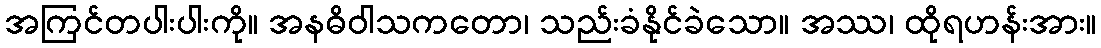
အကြင်တပါးပါးကို။ အနဓိဝါသကတော၊ သည်းခံနိုင်ခဲသော။ အဿ၊ ထိုရဟန်းအား။